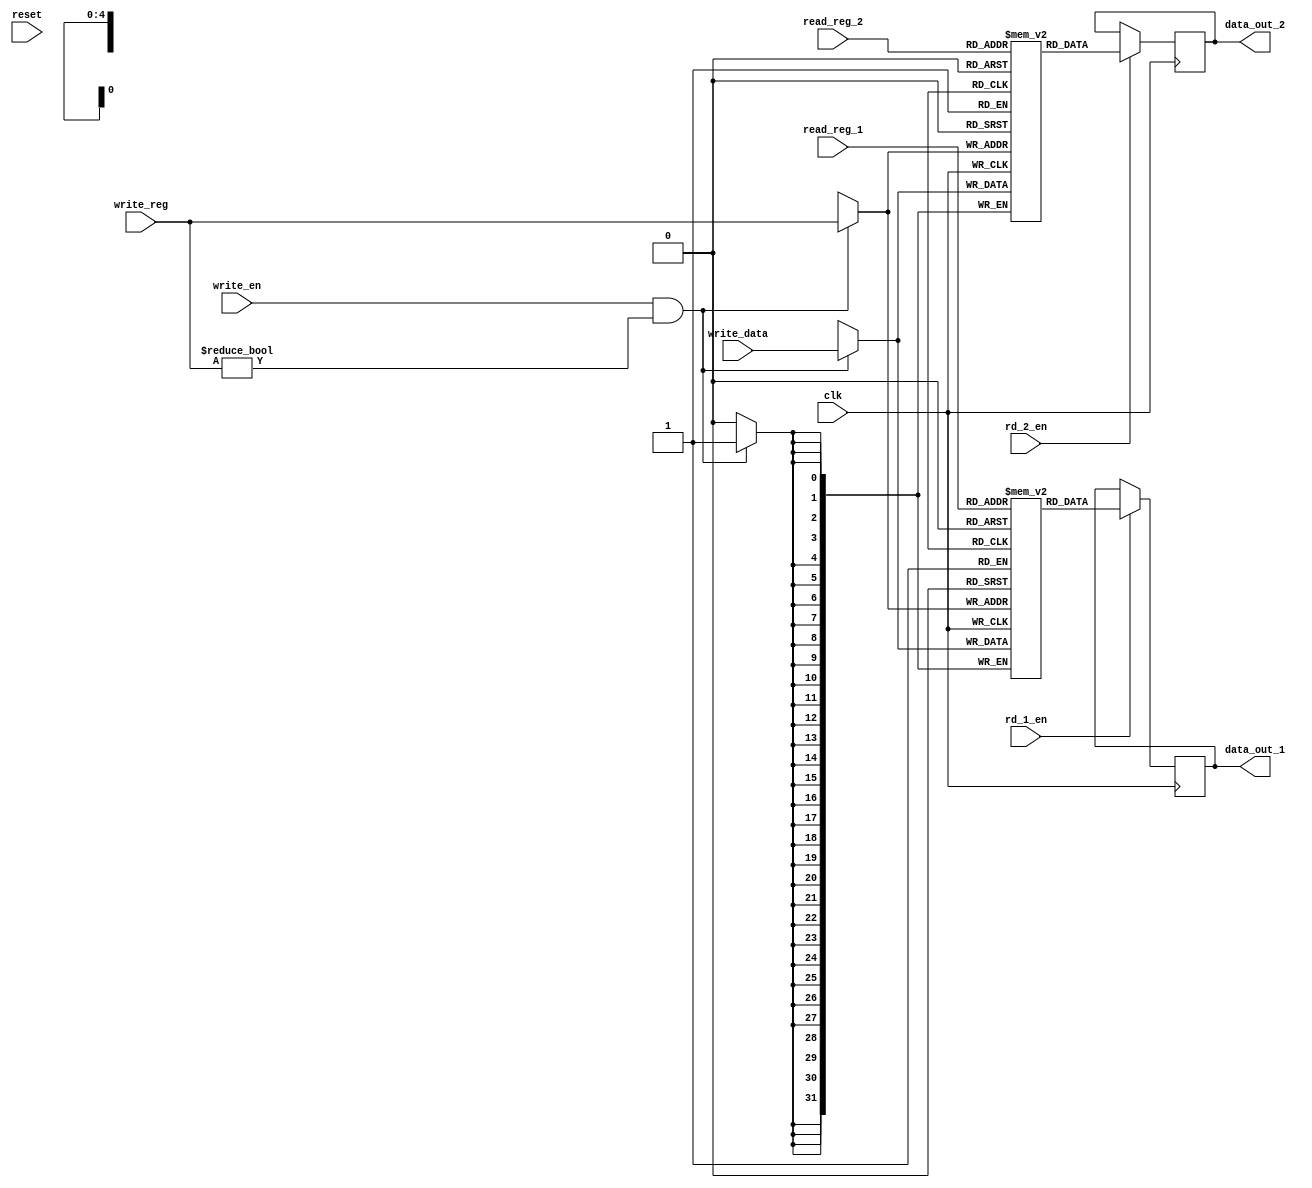
//register file, 32 registers of 32bits

//allows to have unused signals
/* verilator lint_off UNUSED */

module register_file(
clk, reset, rd_1_en, rd_2_en, read_reg_1, read_reg_2, write_reg, write_data, write_en, data_out_1, data_out_2
);

input wire clk;
input wire reset;
input wire rd_1_en;
input wire rd_2_en;
input wire [4:0] read_reg_1;
input wire [4:0] read_reg_2;
input wire [4:0] write_reg;
input wire [31:0] write_data;
input wire write_en;
output reg [31:0] data_out_1;
output reg [31:0] data_out_2;

//32 registers of 32bits
reg [31:0] registers_1 [0:31];
reg [31:0] registers_2 [0:31];
integer i;

initial begin
   for(i = 0; i <= 31; i=i+1) begin
      registers_1[i] = 32'h0;
      registers_2[i] = 32'h0;
   end
end


always @(posedge clk)
begin

   //TODO: reset signal handling (without breaking ice40 bram logic)

   if(write_en == 1 && write_reg != 0) begin
      registers_1[write_reg] <= write_data;
      registers_2[write_reg] <= write_data;
   end

   //ice40 bram can't be written and read at the same time, and
   //output of bram should be clocked
   if (rd_1_en == 1) begin
      data_out_1 <= registers_1[read_reg_1];
   end

   if (rd_2_en == 1) begin
      data_out_2 <= registers_2[read_reg_2];
   end
end

endmodule